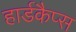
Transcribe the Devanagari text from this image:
हार्डकैप्स